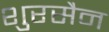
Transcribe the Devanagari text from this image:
शुरसैन